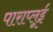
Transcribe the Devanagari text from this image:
पाराप्लूई